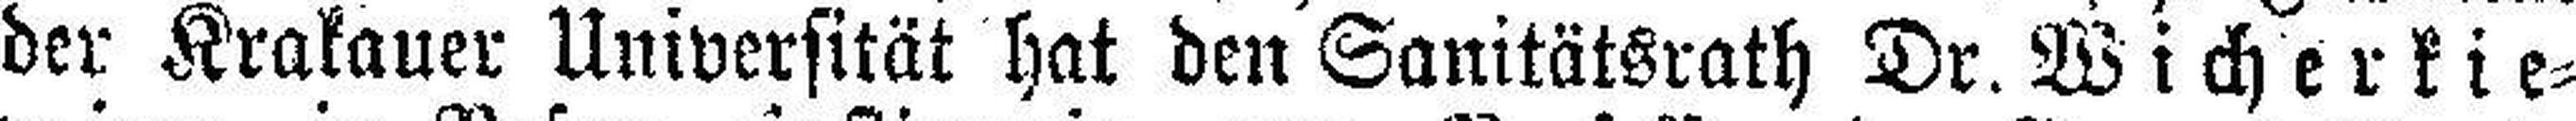
der Krakauer Universität hat den Sanitätsrath Dr. Wicherkie¬